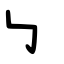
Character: ㇉